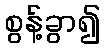
စွန့်ခွာ၍